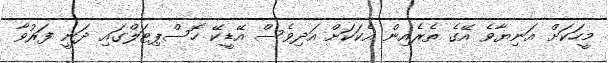
މީހަކަށް އަނިޔާވެ އޭގެ ތެރެއިން އެކަކަށް އަދިވެސް އޭޑީކޭ ހޮސްޕިޓަލްގައި ދަނީ ފަރުވާ